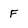
Character: F